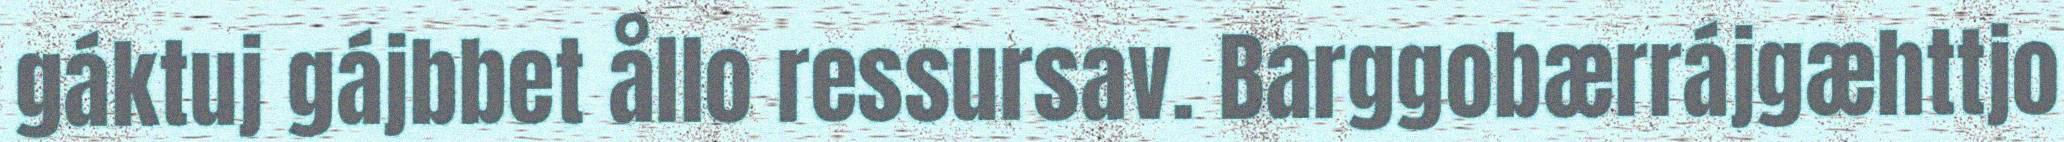
gáktuj gájbbet ållo ressursav. Barggobærrájgæhttjo